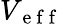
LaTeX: V_{\mathrm{~e~f~f~}}